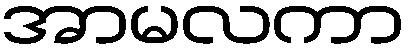
အာမလကာ